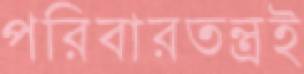
পরিবারতন্ত্রই